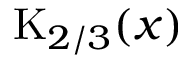
\mathrm { K } _ { 2 / 3 } ( x )